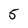
Character: 5